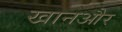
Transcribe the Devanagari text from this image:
खानऔर